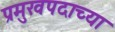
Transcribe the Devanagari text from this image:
प्रमुखपदाच्या